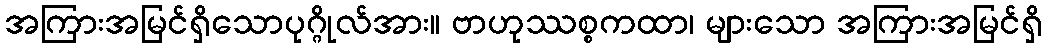
အကြားအမြင်ရှိသောပုဂ္ဂိုလ်အား။ ဗာဟုဿစ္စကထာ၊ များသော အကြားအမြင်ရှိ